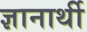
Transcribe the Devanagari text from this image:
ज्ञानार्थी